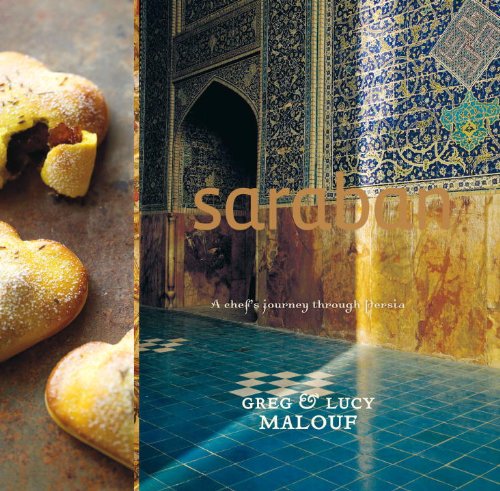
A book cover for Saraban: A Chef's Journey through Persia; Greg Malouf; Cookbooks, Food & Wine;